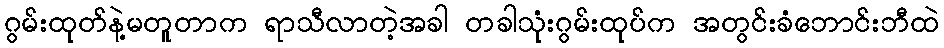
ဂွမ်းထုတ်နဲ့မတူတာက ရာသီလာတဲ့အခါ တခါသုံးဂွမ်းထုပ်က အတွင်းခံဘောင်းဘီထဲ